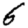
Digit: 6